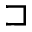
\sqsupset